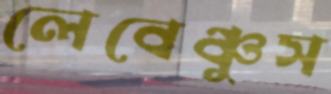
লেবেঞ্চুস